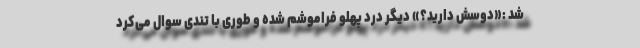
شد :«دوسش دارید؟» دیگر درد پهلو فراموشم شده و طوری با تندی سوال می‌کرد